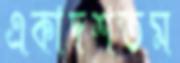
একাদশতম